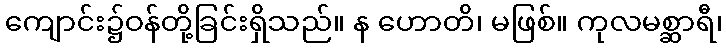
ကျောင်း၌ဝန်တို့ခြင်းရှိသည်။ န ဟောတိ၊ မဖြစ်။ ကုလမစ္ဆာရီ၊